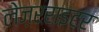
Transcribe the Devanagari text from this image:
लेज़रराइटर